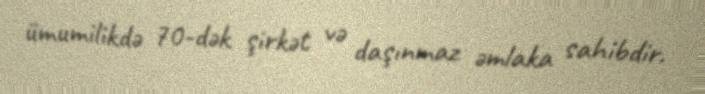
ümumilikdə 70-dək şirkət və daşınmaz əmlaka sahibdir.